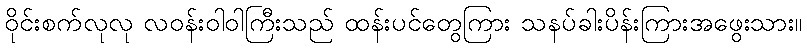
ဝိုင်းစက်လုလု လဝန်းဝါဝါကြီးသည် ထန်းပင်တွေကြား သနပ်ခါးပိန်းကြားအဖွေးသား။